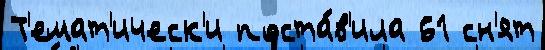
Т'емат'ическ'и поста́в'ила 61 сн'ят